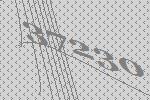
37230